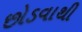
છોડવાથી